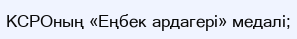
КСРОның «Еңбек ардагері» медалі;